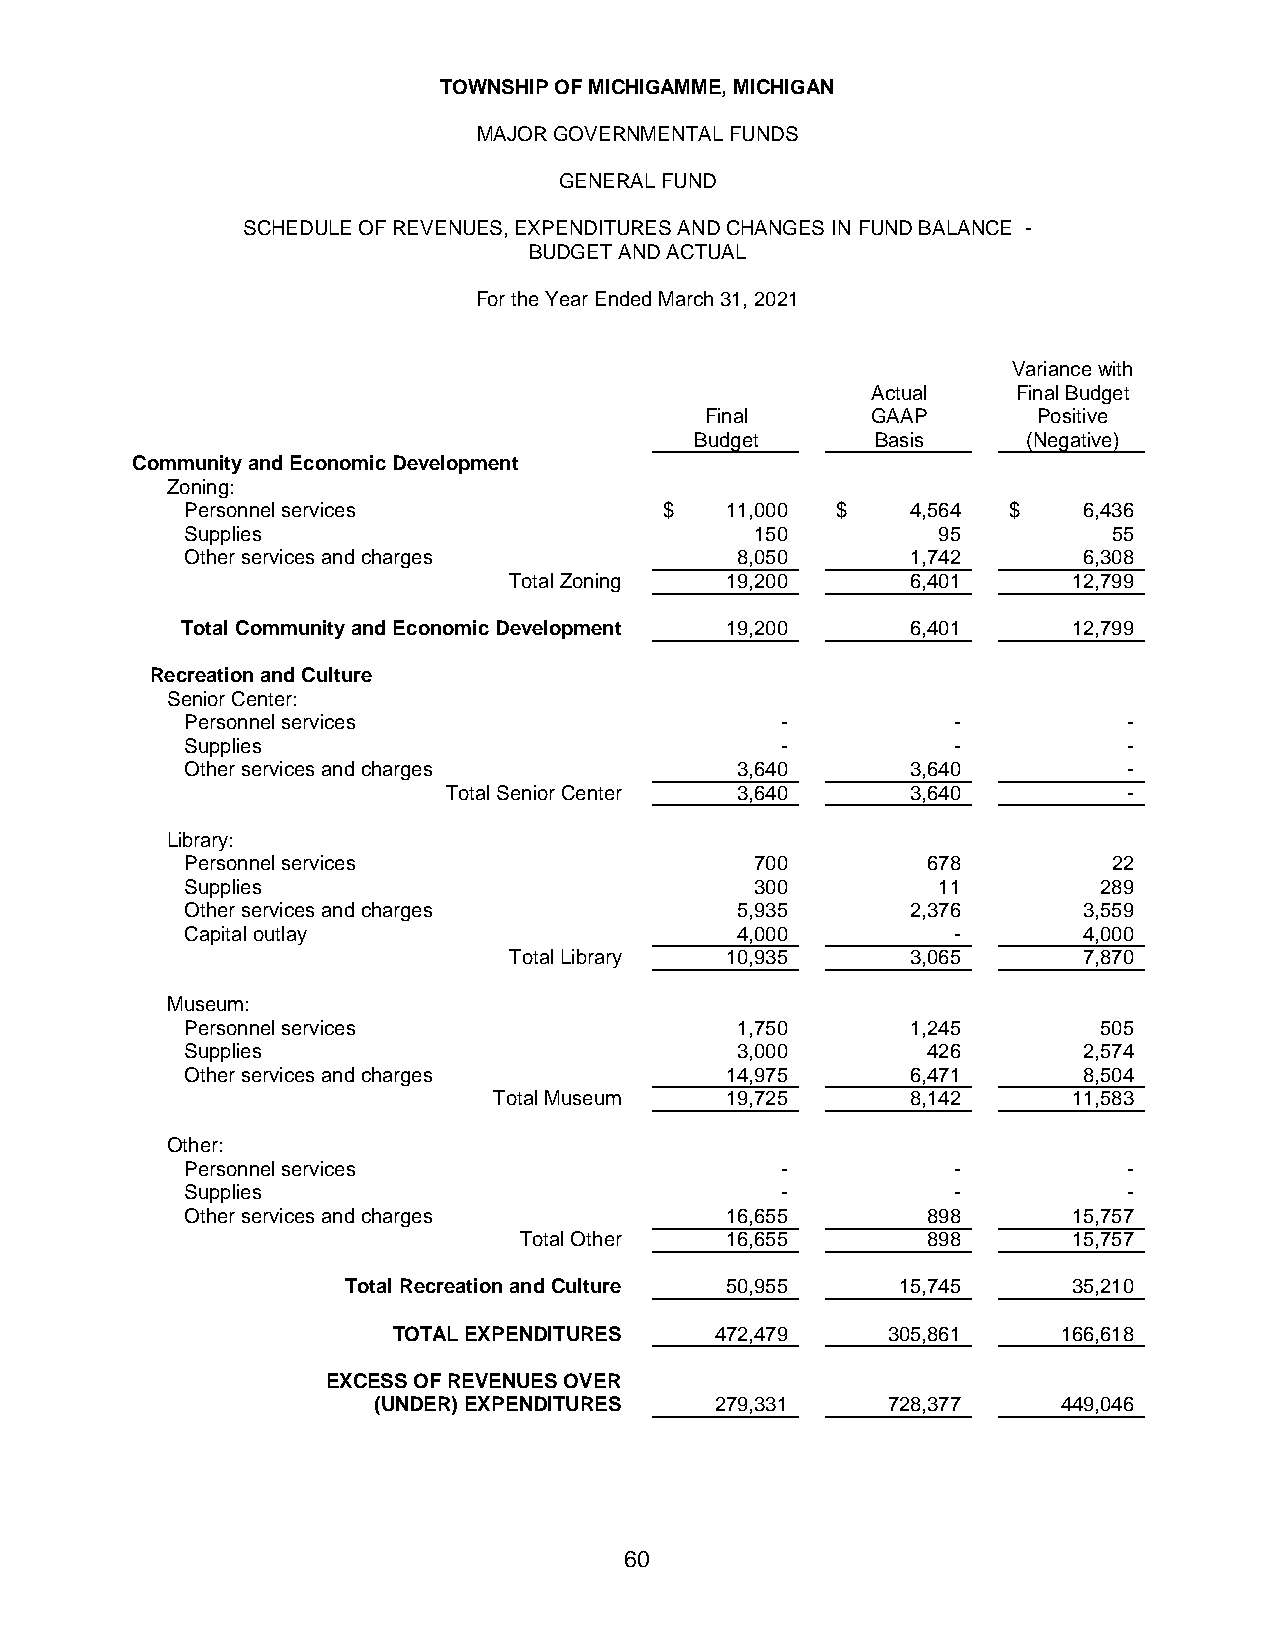
TOWNSHIP OF MICHIGAMME, MICHIGAN
 MAJOR GOVERNMENTAL FUNDS
 GENERAL FUND
 SCHEDULE OF REVENUES, EXPENDITURES AND CHANGES IN FUND BALANCE -
 BUDGET AND ACTUAL
 For the Year Ended March 31, 2021
 Variance with
 Actual   Final Budget
 Final      GAAP       Positive
 Budget      Basis     (Negative)
 Community and Economic Development
 Zoning:
 Personnel services              $   1 1,000 $   4 ,564 $    6 ,436
 Supplies                              150         95          55
 Other services and charges           8,050      1,742       6,308
 Total Zoning  1 9,200     6,401      1 2,799
 Total Community and Economic Development 1 9,200 6,401     1 2,799
 Recreation and Culture
 Senior Center:
 Personnel services                      -          -           -
 Supplies                                -          -           -
 Other services and charges           3,640      3,640          -
 Total Senior Center 3,640     3,640          -
 Library:
 Personnel services                    700        678          22
 Supplies                              300         11         289
 Other services and charges           5,935      2,376       3,559
 Capital outlay                       4,000         -        4,000
 Total Library 1 0,935     3,065       7,870
 Museum:
 Personnel services                   1,750      1,245        505
 Supplies                             3,000       426        2,574
 Other services and charges          1 4,975     6,471       8,504
 Total Museum   1 9,725     8,142      1 1,583
 Other:
 Personnel services                      -          -           -
 Supplies                                -          -           -
 Other services and charges          1 6,655      898       1 5,757
 Total Other   1 6,655      898       1 5,757
 Total Recreation and Culture 5 0,955 1 5,745    3 5,210
 TOTAL EXPENDITURES   4 72,479    3 05,861   1 66,618
 EXCESS OF REVENUES OVER
 (UNDER) EXPENDITURES  2 79,331    7 28,377   4 49,046
 60